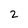
Character: 2